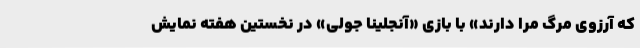
که آرزوی مرگ مرا دارند» با بازی «آنجلینا جولی» در نخستین هفته نمایش